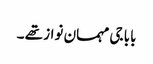
بابا جی مہمان نواز تھے ۔